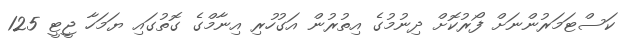
ކަސްޓަމަރުންނަށް ފޯރުކޮށް ދިނުމުގެ އިތުރުން އަގުހުރި އިނާމްގެ ގޮތުގައި ޔަމަހާ ޖީޓީ 125